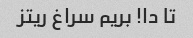
تا دا! بریم سراغ ریتز